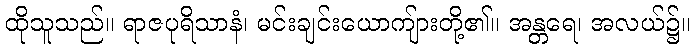
ထိုသူသည်။ ရာဇပုရိသာနံ၊ မင်းချင်းယောကျ်ားတို့၏။ အန္တရေ၊ အလယ်၌။